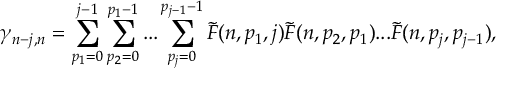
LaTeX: \gamma _ { n - j , n } = \sum _ { p _ { 1 } = 0 } ^ { j - 1 } \sum _ { p _ { 2 } = 0 } ^ { p _ { 1 } - 1 } . . . \sum _ { p _ { j } = 0 } ^ { p _ { j - 1 } - 1 } \tilde { F } ( n , p _ { 1 } , j ) \tilde { F } ( n , p _ { 2 } , p _ { 1 } ) . . . \tilde { F } ( n , p _ { j } , p _ { j - 1 } ) ,